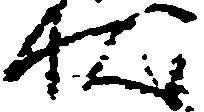
状